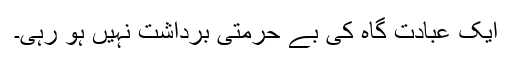
ایک عبادت گاہ کی بے حرمتی برداشت نہیں ہو رہی۔